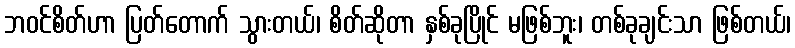
ဘဝင်စိတ်ဟာ ပြတ်တောက် သွားတယ်၊ စိတ်ဆိုတာ နှစ်ခုပြိုင် မဖြစ်ဘူး၊ တစ်ခုချင်းသာ ဖြစ်တယ်၊